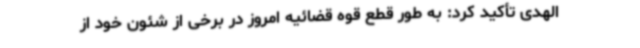
الهدی تأکید کرد: به طور قطع قوه قضائیه امروز در برخی از شئون خود از